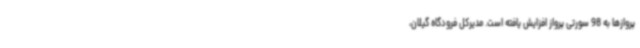
پروازها به 98 سورتی پرواز افزایش یافته است. مدیرکل فرودگاه گیلان،